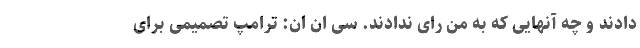
دادند و چه آنهایی که به من رای ندادند. سی ان ان: ترامپ تصمیمی برای